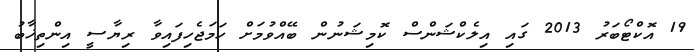
19 އޮކްޓޯބަރު 2013 ގައި އިލެކްޝަންސް ކޮމިޝަނުން ބޭއްވުމަށް ހަމަޖެހިފައިވާ ރިޔާސީ އިންތިޚާބު